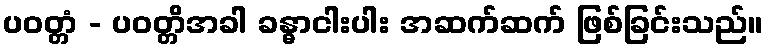
ပဝတ္တံ - ပဝတ္တိအခါ ခန္ဓာငါးပါး အဆက်ဆက် ဖြစ်ခြင်းသည်။